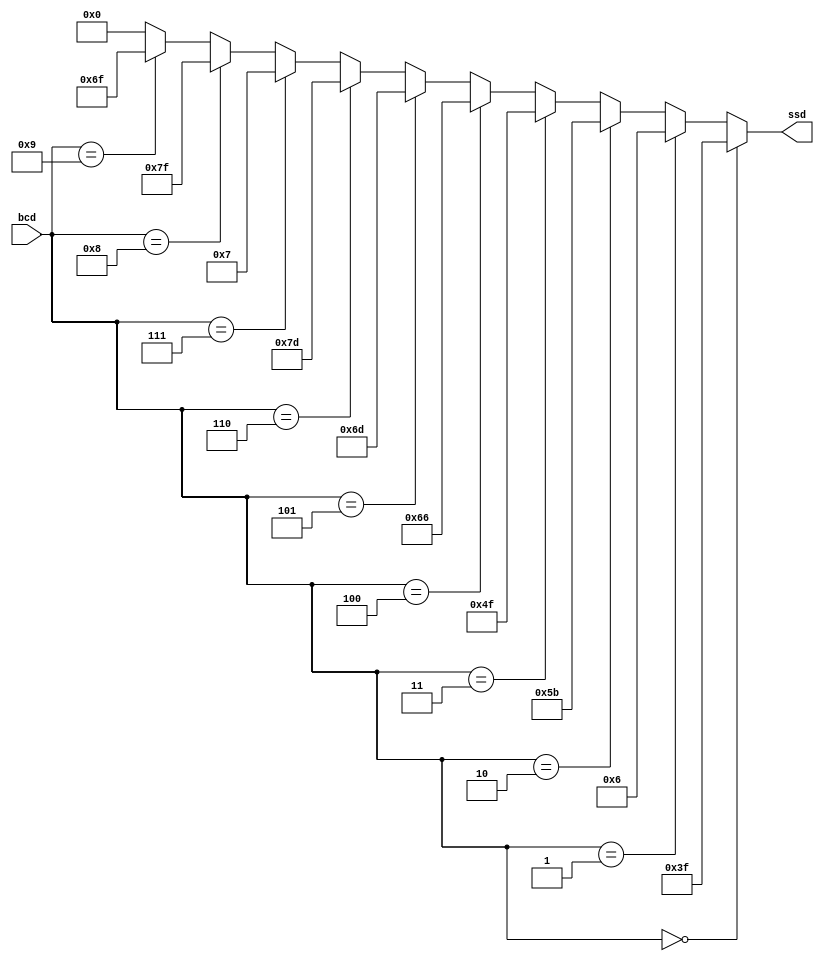
module bcd_to_ssd(bcd, ssd);
input [3:0] bcd;
output [6:0] ssd;

assign ssd =
       (bcd == 4'h0) ? 7'b0111111 :
       (bcd == 4'h1) ? 7'b0000110 :
       (bcd == 4'h2) ? 7'b1011011 :
       (bcd == 4'h3) ? 7'b1001111 :
       (bcd == 4'h4) ? 7'b1100110 :
       (bcd == 4'h5) ? 7'b1101101 :
       (bcd == 4'h6) ? 7'b1111101 :
       (bcd == 4'h7) ? 7'b0000111 :
       (bcd == 4'h8) ? 7'b1111111 :
       (bcd == 4'h9) ? 7'b1101111 :
       7'b0;
endmodule